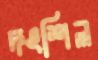
দংশিল